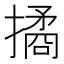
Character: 𢵮